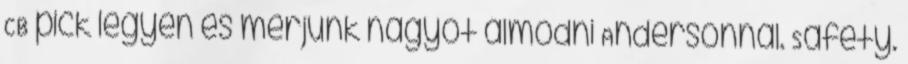
CB pick legyen és merjünk nagyot álmodni Andersonnal. Safety.